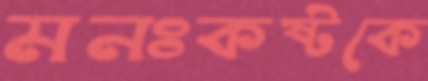
মনঃকষ্টকে